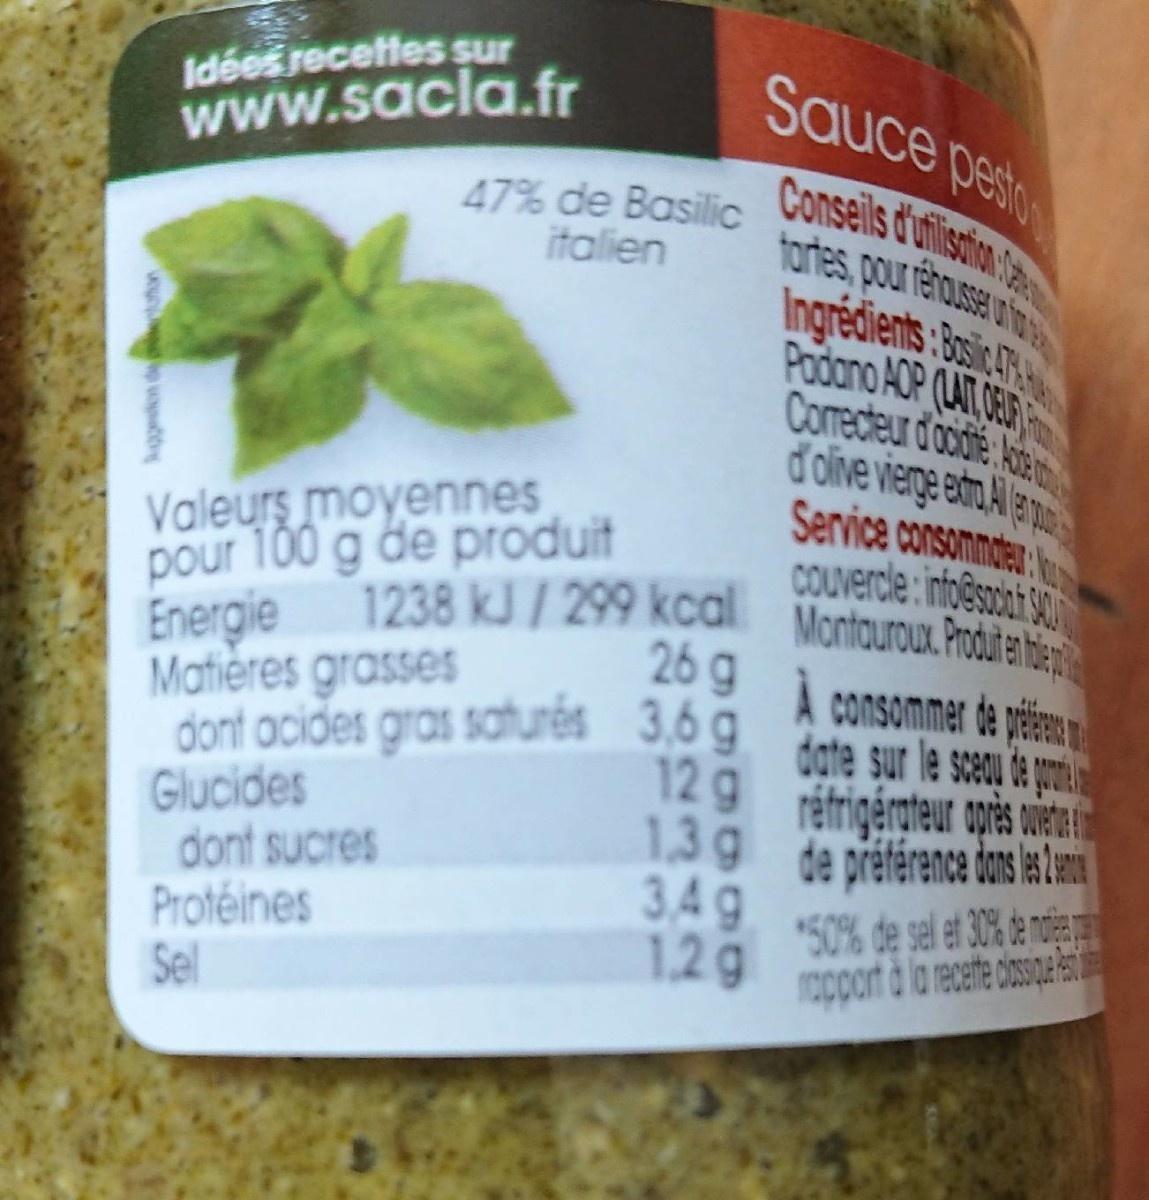
Idées recettes sur www.sacla.fr
Sauce peso
Consells d'utlistion
47% de Basilic italien
Ingredients :bos Podano AOP (LAT CEUP Comecteur d'odie kie d'olve vierge eta Alam Service consommoer: COUvercle :into@so S0
Valeurs moyennes pour 100 g de produit Energie 1238 kJ/ 299 kcal Montaurou. Prodie hie
26 g A consommer de peens
Matières grasses dont ocides gras satures 3,0g dote sur le seou e a
129 réfrigérateur opès wite 1,3g de préférence dons l a
Glucides dont sucres Protéines Sel
3.49 "50% de sel et 30% de noge 12g apport à la recete dosiae t
kggeskon de uton